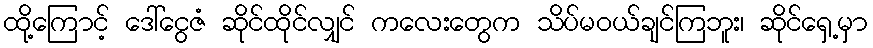
ထို့ကြောင့် ဒေါ်ငွေဇံ ဆိုင်ထိုင်လျှင် ကလေးတွေက သိပ်မဝယ်ချင်ကြဘူး၊ ဆိုင်ရှေ့မှာ